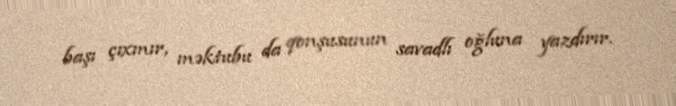
başı çıxmır, məktubu da qonşusunun savadlı oğluna yazdırır.